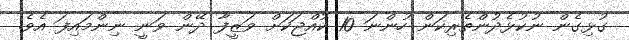
ގުޅިގެން ނުކުޅެދުންތެރިކަން ހުންނަ 10 ކުއްޖަކަށް ވަޒީފާ ދޭން ވަނީ ނިންމައިފަ އެވެ.